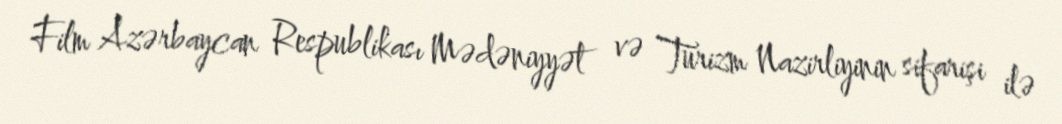
Film Azərbaycan Respublikası Mədəniyyət və Turizm Nazirliyinin sifarişi ilə